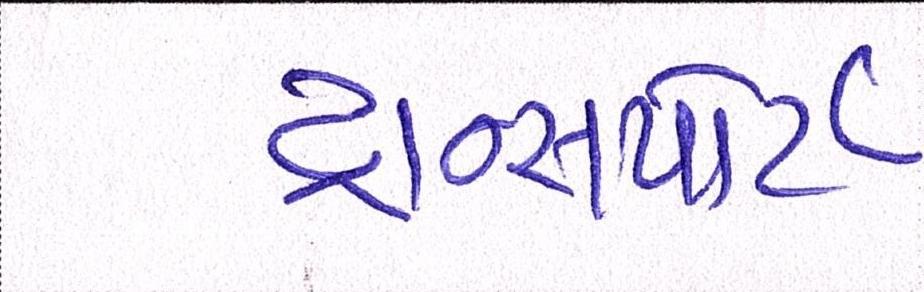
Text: ટ્રાન્સ્પોર્ટ